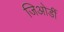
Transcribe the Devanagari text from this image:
जिओर्डी